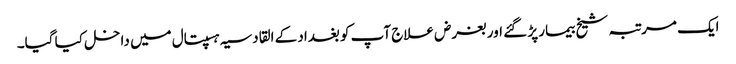
ایک مرتبہ شیخ بیمار پڑ گئے اور بغرض علاج آپ کو بغداد کے القادسیہ ہسپتال میں داخل کیا گیا۔